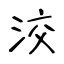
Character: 洨